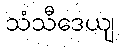
သံသီဒေယျ